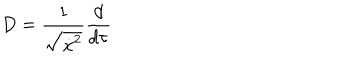
D = \frac 1 { \sqrt { \dot { x } ^ { 2 } } } \frac d { d \tau }